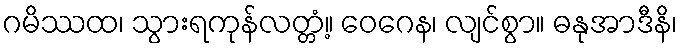
ဂမိဿထ၊ သွားရကုန်လတ္တံ့။ ဝေဂေန၊ လျင်စွာ။ ဓနုအာဒီနိ၊